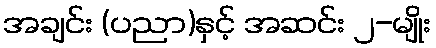
အချင်း (ပညာ)နှင့် အဆင်း ၂-မျိုး